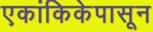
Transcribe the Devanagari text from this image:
एकांकिकेपासून